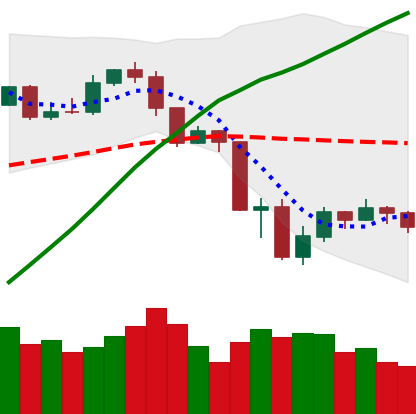
Ticker: ETH-USD
Chart end date: 2019-07-22
Forward return: -4.666%
Label: down_3_5